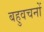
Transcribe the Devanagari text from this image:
बहुवचनों